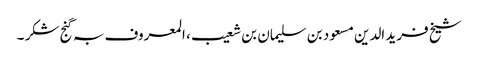
شیخ فرید الدین مسعود بن سلیمان بن شعیب ، المعروف بہ گنج شکر ۔